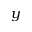
y